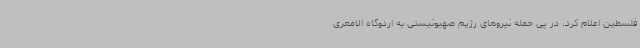
فلسطین اعلام کرد، در پی حمله نیروهای رژیم صهیونیستی به اردوگاه الامعری